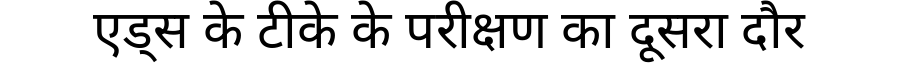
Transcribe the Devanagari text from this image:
एड्स के टीके के परीक्षण का दूसरा दौर